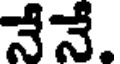
నేనే.